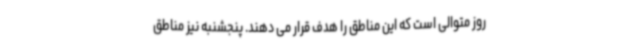
روز متوالی است که این مناطق را هدف قرار می دهند. پنجشنبه نیز مناطق